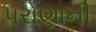
પરોણાની